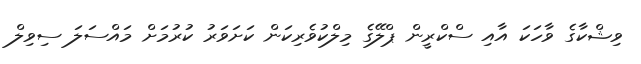
ވިޝްކާގެ ވާހަކަ އާއި ސްކްރީން ޕްލޭގެ މިލްކުވެރިކަން ކަށަވަރު ކުރުމަށް މައްސަލަ ސިވިލް